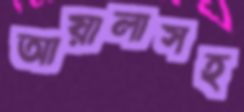
আয়ালাসহ